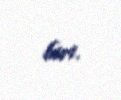
biri.